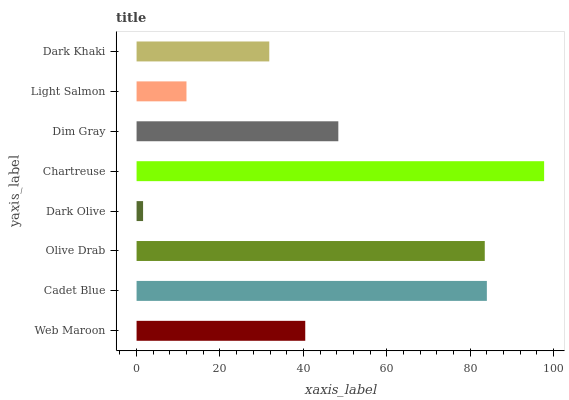
| yaxis_label | bars |
 | --- | --- |
 | Web Maroon | 40.5 |
 | Cadet Blue | 84 |
 | Olive Drab | 83.5 |
 | Dark Olive | 1.56 |
 | Chartreuse | 97.7 |
 | Dim Gray | 48.4 |
 | Light Salmon | 12 |
 | Dark Khaki | 31.8 |